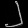
Digit: ၂